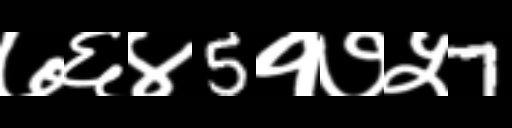
Text: ७६४5१७५7